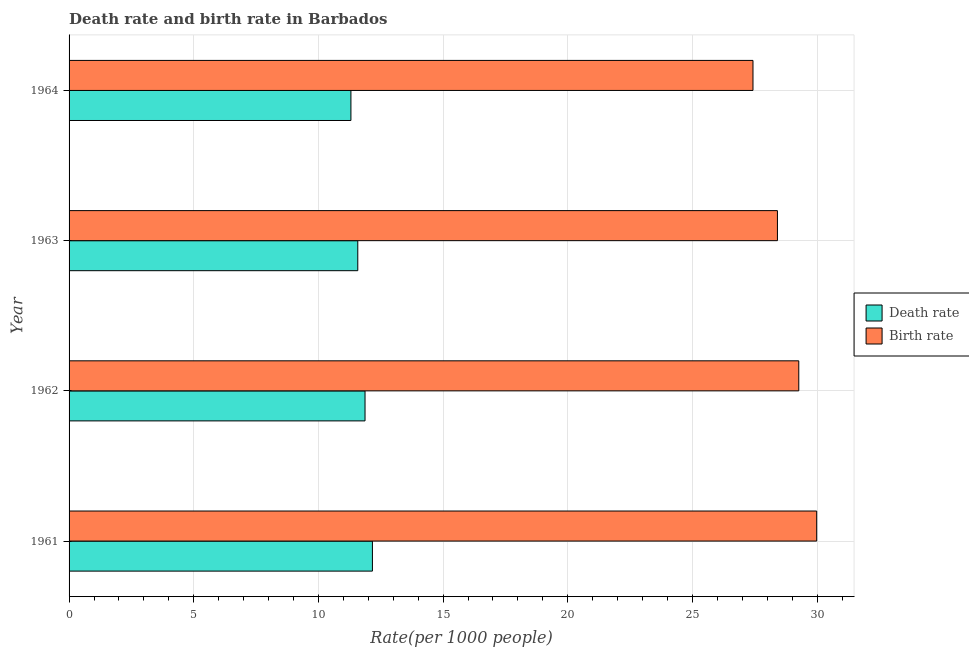
| Year | Death rate | Birth rate |
 | --- | --- | --- |
 | 1961 | 12.2 | 30 |
 | 1962 | 11.9 | 29.3 |
 | 1963 | 11.6 | 28.4 |
 | 1964 | 11.3 | 27.4 |